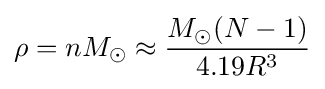
\rho =nM_{\odot }\approx {M_{\odot }(N-1) \over 4.19R^{3}}